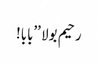
رحیم بولا ’’بابا!